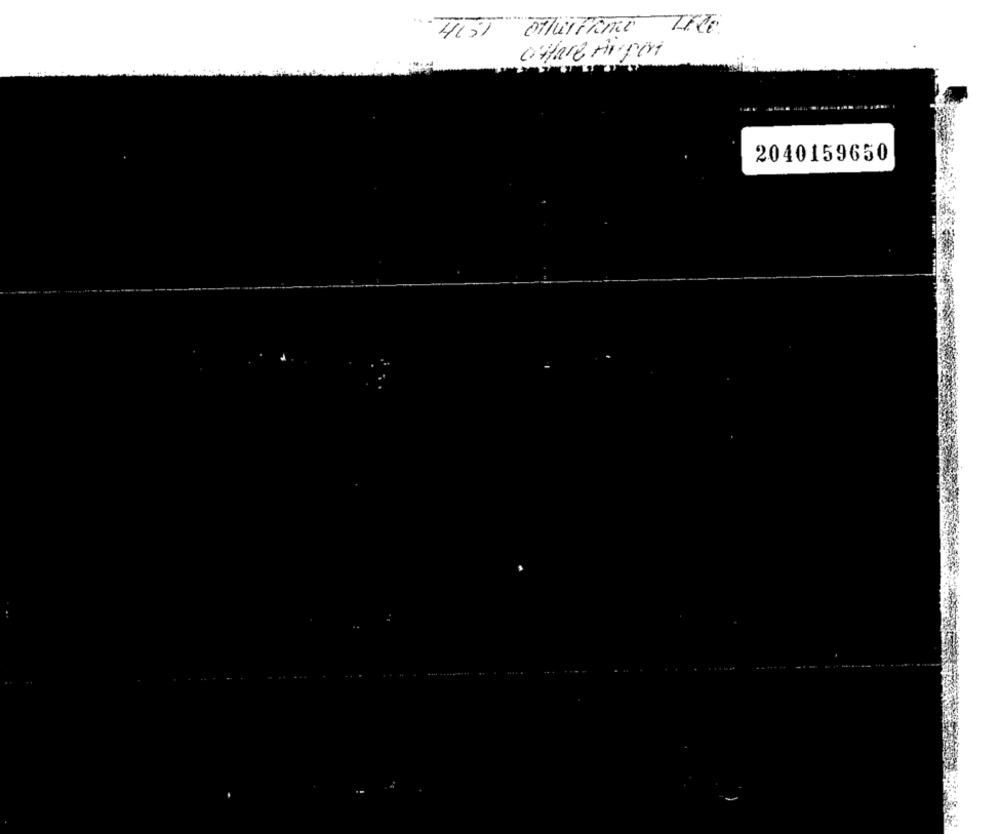
HIST othertame LEco
2040159650